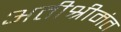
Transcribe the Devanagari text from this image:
अतीश्रीमंत